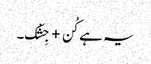
یہ ہے کُن + جِشْک۔